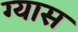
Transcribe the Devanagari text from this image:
ग्यास